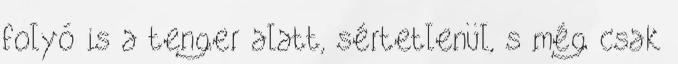
folyó is a tenger alatt, sértetlenül, s még csak